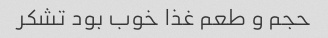
حجم و طعم غذا خوب بود تشکر